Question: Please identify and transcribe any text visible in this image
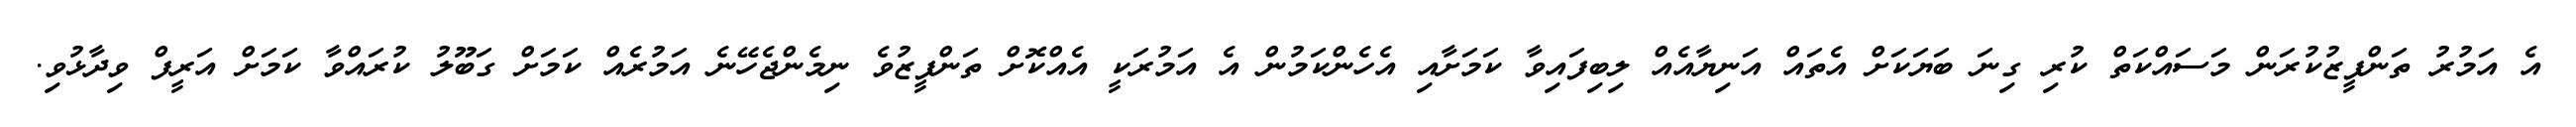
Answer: އެ އަމުރު ތަންފީޒުކުރަން މަސައްކަތް ކުރި ގިނަ ބަޔަކަށް އެތައް އަނިޔާއެއް ލިބިފައިވާ ކަމަށާއި އެހެންކަމުން އެ އަމުރަކީ އެއްކޮށް ތަންފީޒުވެ ނިމެންޖެހޭނެ އަމުރެއް ކަމަށް ގަބޫލު ކުރައްވާ ކަމަށް އަރީފް ވިދާޅުވި.